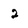
Character: 2